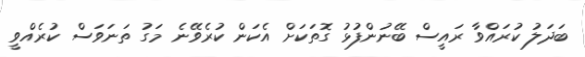
ބަދަލު ކުރައްވާ ރައީސް ބޭނުންފުޅު ގޮތަކަށް އެކަން ކުރެވޭނެ މަގު ތަނަވަސް ކުރެއްވީ